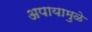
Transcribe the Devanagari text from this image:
अपायामुळे